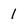
Character: 1